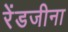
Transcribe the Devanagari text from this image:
रेंडजीना